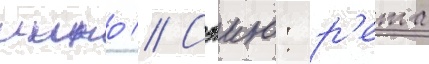
иино // Сэию: р'ета